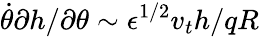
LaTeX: \dot{\theta}\partial h/\partial\theta\sim\epsilon^{1/2}v_{t}h/qR